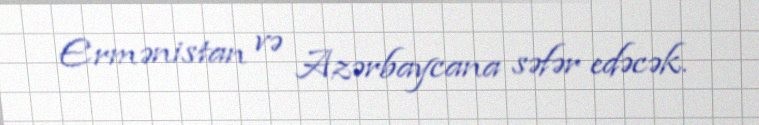
Ermənistan və Azərbaycana səfər edəcək.